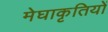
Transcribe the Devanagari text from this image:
मेघाकृतियों